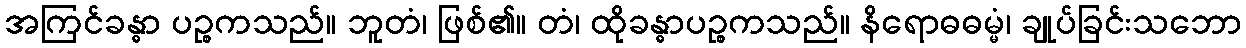
အကြင်ခန္ဓာ ပဉ္စကသည်။ ဘူတံ၊ ဖြစ်၏။ တံ၊ ထိုခန္ဓာပဉ္စကသည်။ နိရောဓဓမ္မံ၊ ချုပ်ခြင်းသဘော